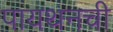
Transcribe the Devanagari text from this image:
पायथनची